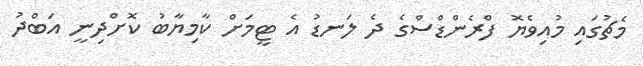
މެޗުގައި މުއިވެޔޮ ފްރެންޑްސްގެ ދެ ލަނޑު އެ ޓީމަށް ކާމިޔާބު ކޮށްދިނީ އަބްދު